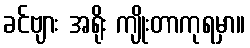
ခင်ဗျား အရိုး ကျိုးတာကုရမှာ။